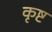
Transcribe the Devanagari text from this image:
कृष्ट